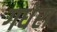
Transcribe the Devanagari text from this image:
गधेरा